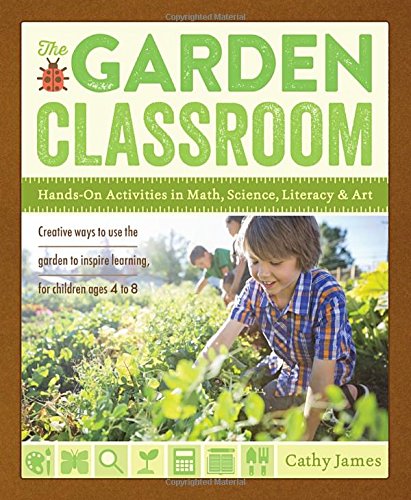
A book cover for The Garden Classroom: Hands-On Activities in Math, Science, Literacy, and Art; Cathy James; Education & Teaching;